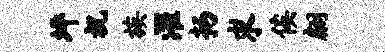
坪祝族濯扬求俟翩